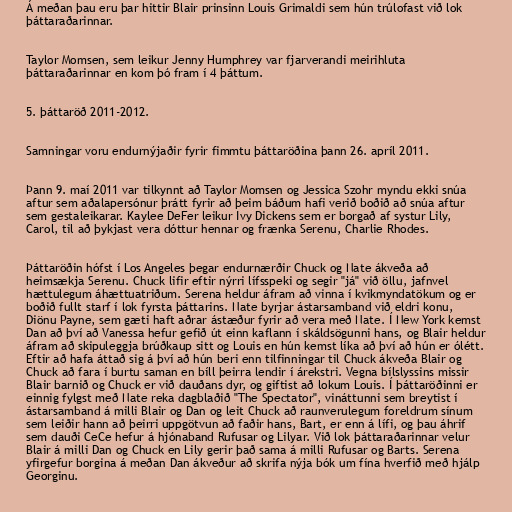
Á meðan þau eru þar hittir Blair prinsinn Louis Grimaldi sem hún trúlofast við lok
þáttaraðarinnar.

Taylor Momsen, sem leikur Jenny Humphrey var fjarverandi meirihluta
þáttaraðarinnar en kom þó fram í 4 þáttum.

5. þáttaröð 2011-2012.

Samningar voru endurnýjaðir fyrir fimmtu þáttaröðina þann 26. apríl 2011.

Þann 9. maí 2011 var tilkynnt að Taylor Momsen og Jessica Szohr myndu ekki snúa
aftur sem aðalapersónur þrátt fyrir að þeim báðum hafi verið boðið að snúa aftur
sem gestaleikarar. Kaylee DeFer leikur Ivy Dickens sem er borgað af systur Lily,
Carol, til að þykjast vera dóttur hennar og frænka Serenu, Charlie Rhodes.

Þáttaröðin hófst í Los Angeles þegar endurnærðir Chuck og Nate ákveða að
heimsækja Serenu. Chuck lifir eftir nýrri lífsspeki og segir "já" við öllu, jafnvel
hættulegum áhættuatriðum. Serena heldur áfram að vinna í kvikmyndatökum og er
boðið fullt starf í lok fyrsta þáttarins. Nate byrjar ástarsamband við eldri konu,
Diönu Payne, sem gæti haft aðrar ástæður fyrir að vera með Nate. Í New York kemst
Dan að því að Vanessa hefur gefið út einn kaflann í skáldsögunni hans, og Blair heldur
áfram að skipuleggja brúðkaup sitt og Louis en hún kemst líka að því að hún er ólétt.
Eftir að hafa áttað sig á því að hún beri enn tilfinningar til Chuck ákveða Blair og
Chuck að fara í burtu saman en bíll þeirra lendir í árekstri. Vegna bílslyssins missir
Blair barnið og Chuck er við dauðans dyr, og giftist að lokum Louis. Í þáttaröðinni er
einnig fylgst með Nate reka dagblaðið "The Spectator", vináttunni sem breytist í
ástarsamband á milli Blair og Dan og leit Chuck að raunverulegum foreldrum sínum
sem leiðir hann að þeirri uppgötvun að faðir hans, Bart, er enn á lífi, og þau áhrif
sem dauði CeCe hefur á hjónaband Rufusar og Lilyar. Við lok þáttaraðarinnar velur
Blair á milli Dan og Chuck en Lily gerir það sama á milli Rufusar og Barts. Serena
yfirgefur borgina á meðan Dan ákveður að skrifa nýja bók um fína hverfið með hjálp
Georginu.